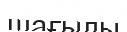
шағылы